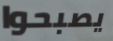
يصبحوا